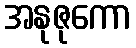
အနုဇုကော